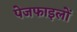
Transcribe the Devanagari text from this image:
पेजफाइलों